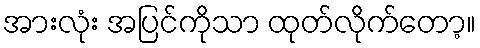
အားလုံး အပြင်ကိုသာ ထုတ်လိုက်တော့။